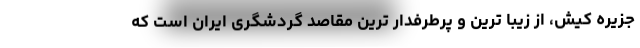
جزیره کیش، از زیبا ترین و پرطرفدار ترین مقاصد گردشگری ایران است که